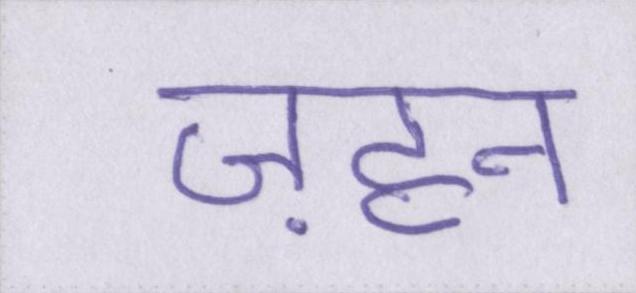
ज़हन